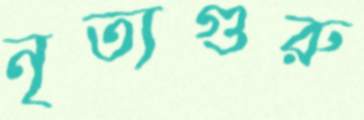
নৃত্যগুরু